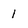
Character: 1